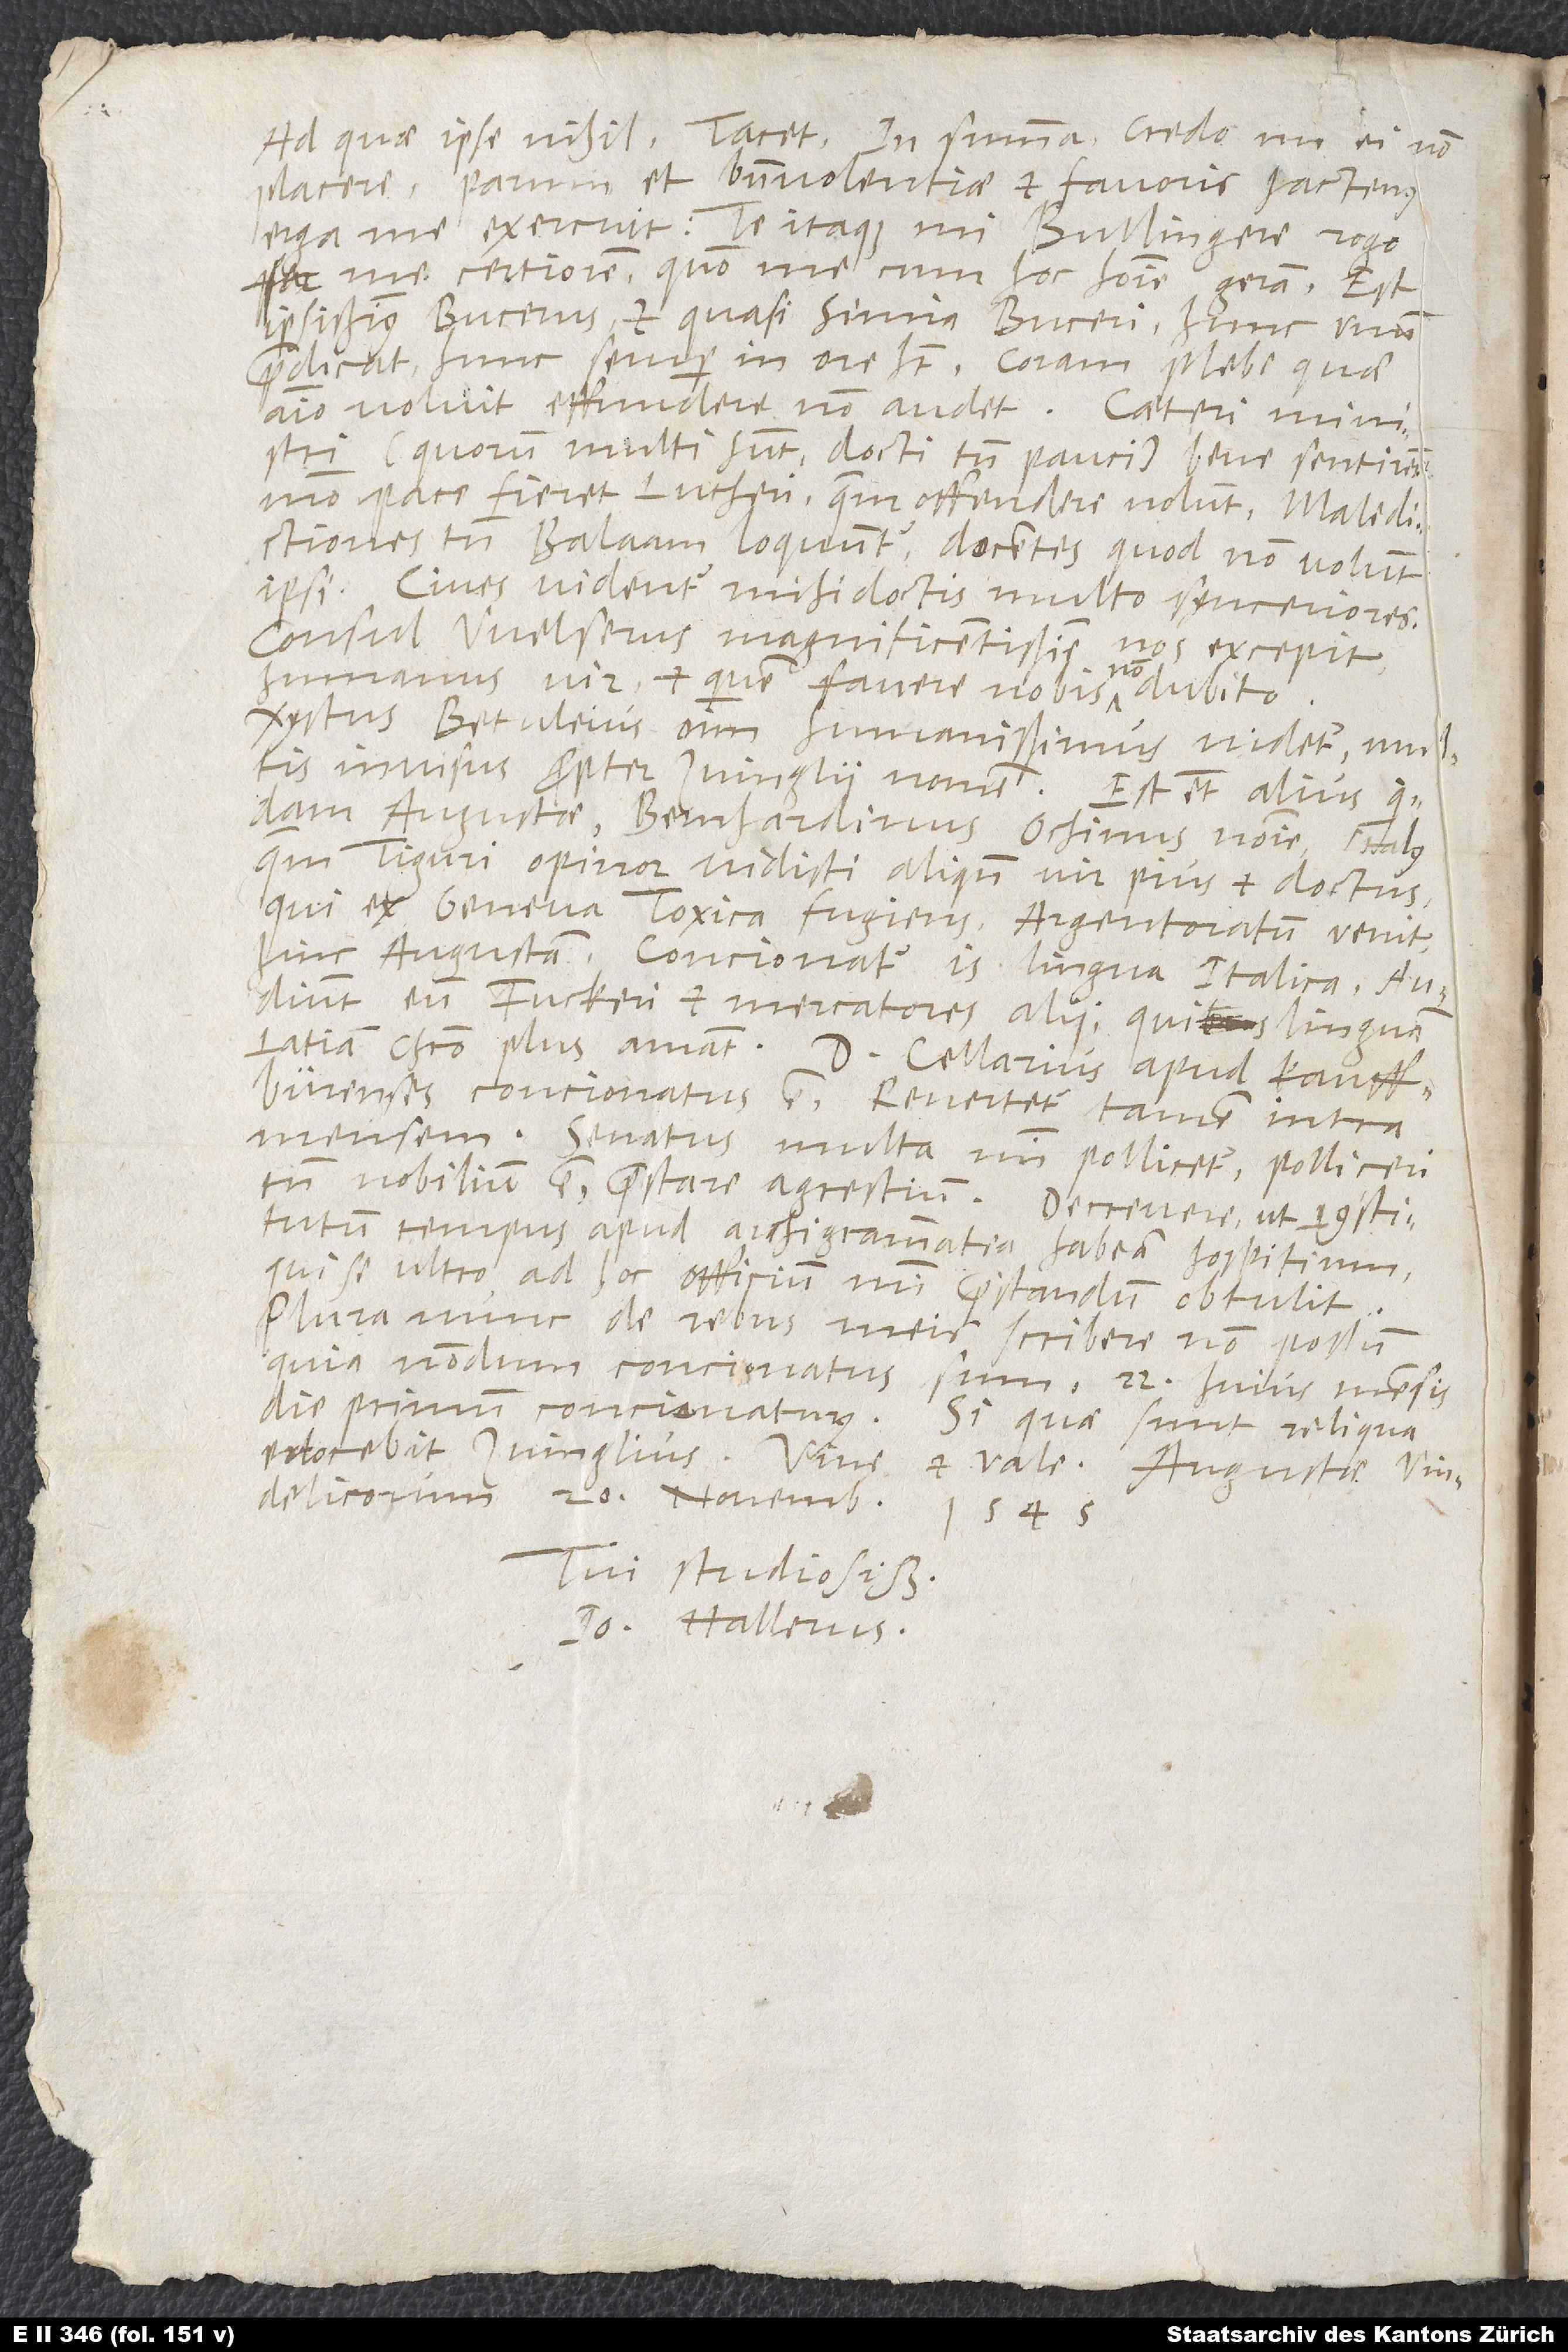
Ad quae ipse nihil. Tacet. In summa credo me ei non
placere. Parum et benevolentiae et favoris hactenus
erga me exercuit. Te itaque, mi Bullingere, rogo,
fac me certiorem, quomodo me cum hoc homine geram. Est
ipsissimus Bucerus et quasi simia Buceri. Hunc unum
praedicat, hunc semper in ore habet. Coram plebe, quae
animo volvit, effundere non audet. Caeteri ministri
(quorum multi sunt, docti tamen pauci) bene sentirent,
pace fieret Lutheri, quem offendere nolunt. Maledictiones
tamen Balaam loquuntur, docentes, quod non volunt
ipsi. Cives videntur mihi doctis multo synceriores.
Consul Welserus magnificentissime nos excepit,
humanus vir, et quem favere nobis non dubito.
Xystus Betuleius omnium humanissimus videtur, multis
invisus propter Zvinglii nomen. Est etiam alius quidam
Augustae, Bernhardinus Ochinus nomine, Italus,
quem Tiguri opinor vidisti aliquando, vir pius et doctus,
qui ex Geneva toxica fugiens Argentoratum venit,
hinc Augustam. Concionatur is lingua Italica. Audiunt
eum Fuckeri et mercatores alii, qui linguam
Latiam Christo plus amant. Dominus Cellarius apud Kauffbürenses
concionatus est. Revertetur tamen intra
Senatus multa mihi pollicetur. Polliceri
tamen nobilium est, praestare agrestium. Decrevere, ut constitutum
tempus apud archigrammatea habeam hospitium,
qui se ultro ad hoc officium mihi praestandum obtulit.
Plura nunc de rebus meis scribere non possum,
quia nondum concionatus sum. 22. huius mensis
die primum concionaturus. Si quae sunt reliqua,
edocebit Zvinglius. Vive et vale. Augustae
Vindelicorum, 20. novembris
1545.
Tui studiosissimus
Io. Hallerus.